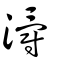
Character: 灂